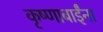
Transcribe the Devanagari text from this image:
कृष्णाबाईंना